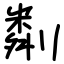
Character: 㔂